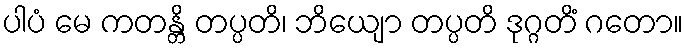
ပါပံ မေ ကတန္တိ တပ္ပတိ၊ ဘိယျော တပ္ပတိ ဒုဂ္ဂတိံ ဂတော။